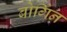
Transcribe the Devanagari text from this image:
बोर्गिन